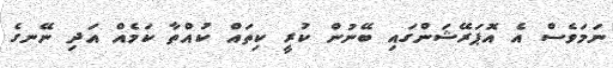
ނަމަވެސް އެ އޮޕަރޭޝަންގައި ބޭނުން ކުރީ ކިތައް ކުއްތާ ކަމެއް އަދި ނޭނގެ